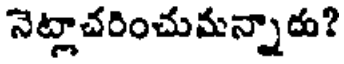
నెట్లాచరించుమన్నారు?